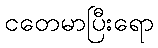
ငတေမာပြီးရော